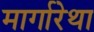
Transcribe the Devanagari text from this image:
मार्गारेथा